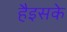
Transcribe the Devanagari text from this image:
हैइसके